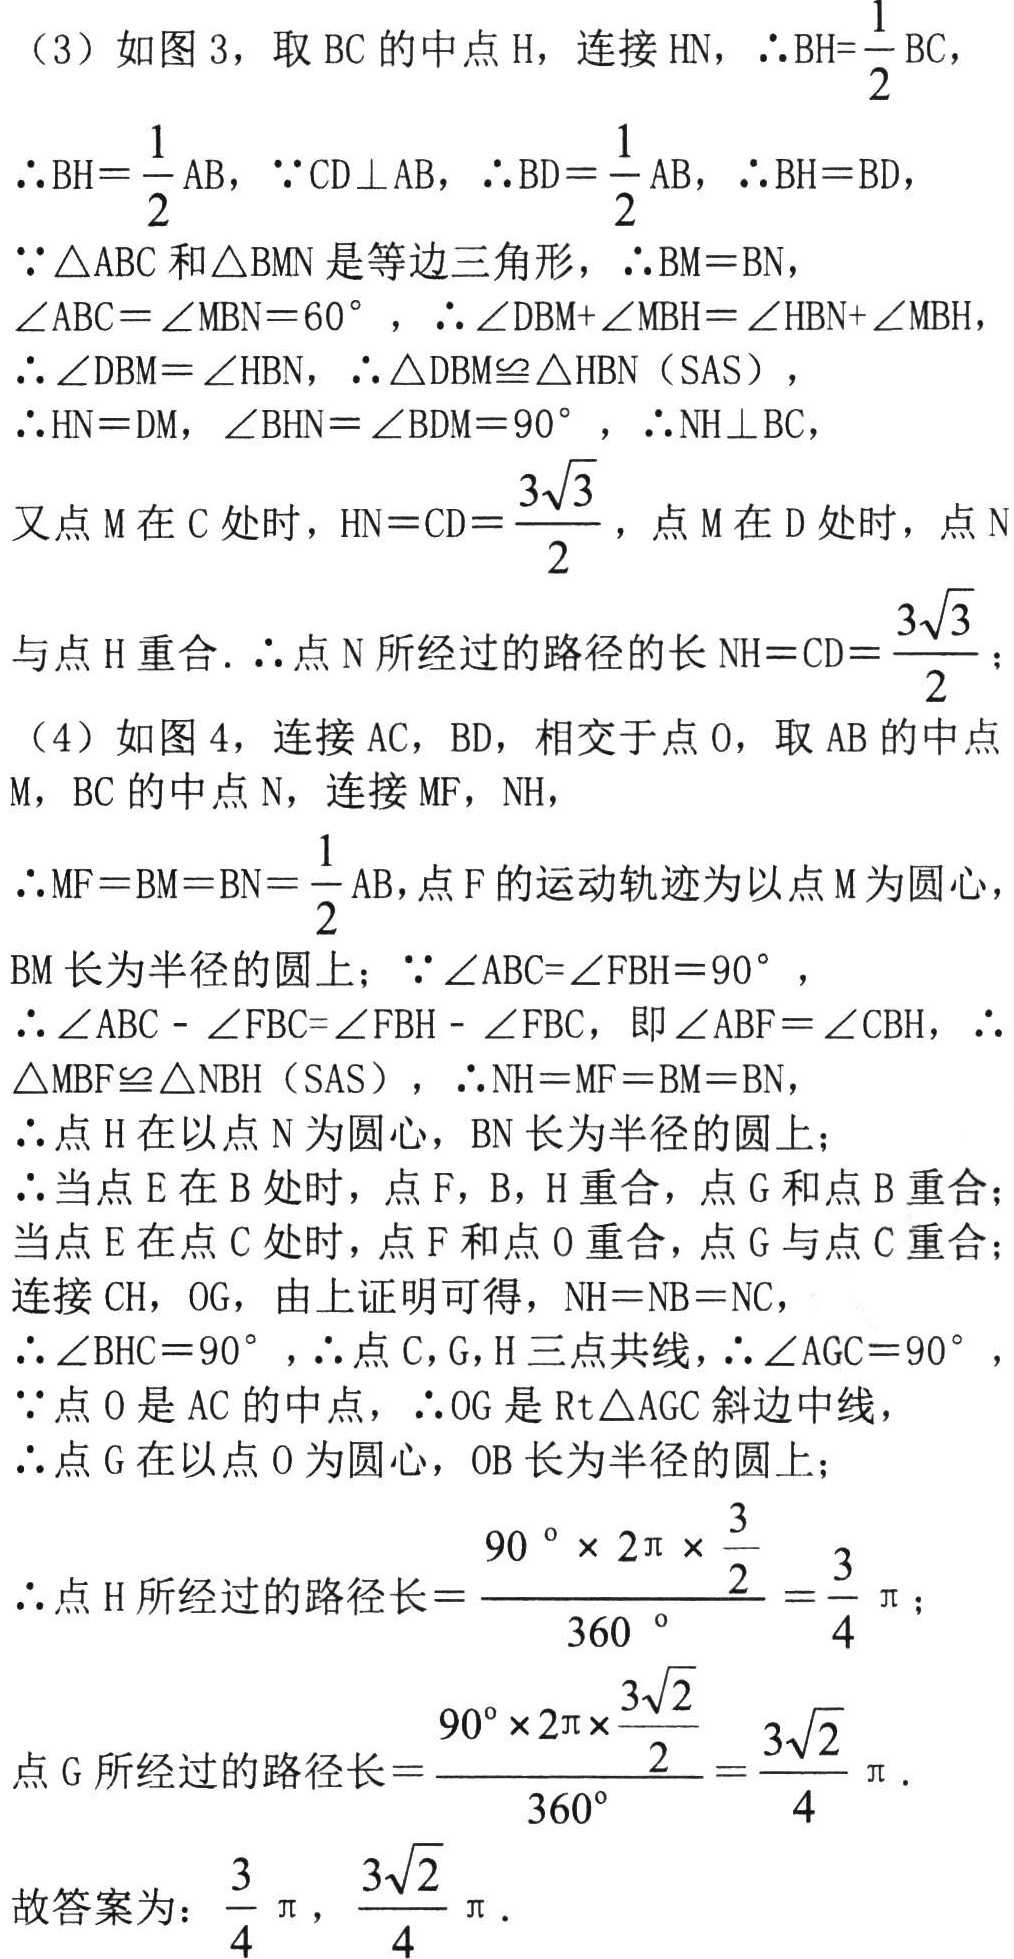
（3）如图 3，取 \(BC\) 的中点 \(H\)，连接 \(HN\)，\(\therefore BH = \frac{1}{2}BC\)，

\(\therefore BH=\frac{1}{2}AB\)，\(\because CD\perp AB\)，\(\therefore BD = \frac{1}{2}AB\)，\(\therefore BH = BD\)，

\(\because\triangle ABC\) 和 \(\triangle BMN\) 是等边三角形，\(\therefore BM = BN\)，

\(\angle ABC=\angle MBN = 60^{\circ}\)，\(\therefore\angle DBM+\angle MBH=\angle HBN+\angle MBH\)，

\(\therefore\angle DBM=\angle HBN\)，\(\therefore\triangle DBM\cong\triangle HBN\)（SAS），

\(\therefore HN = DM\)，\(\angle BHN=\angle BDM = 90^{\circ}\)，\(\therefore NH\perp BC\)，

又点 \(M\) 在 \(C\) 处时，\(HN = CD=\frac{3\sqrt{3}}{2}\)，点 \(M\) 在 \(D\) 处时，点 \(N\)

与点 \(H\) 重合. \(\therefore\)点 \(N\) 所经过的路径的长 \(NH = CD=\frac{3\sqrt{3}}{2}\)；

（4）如图 4，连接 \(AC\)，\(BD\)，相交于点 \(O\)，取 \(AB\) 的中点 \(M\)，\(BC\) 的中点 \(N\)，连接 \(MF\)，\(NH\)，

\(\therefore MF = BM = BN=\frac{1}{2}AB\)，点 \(F\) 的运动轨迹为以点 \(M\) 为圆心，

\(BM\) 长为半径的圆上；\(\because\angle ABC=\angle FBH = 90^{\circ}\)，

\(\therefore\angle ABC-\angle FBC=\angle FBH-\angle FBC\)，即 \(\angle ABF=\angle CBH\)，\(\therefore\)

\(\triangle MBF\cong\triangle NBH\)（SAS），\(\therefore NH = MF = BM = BN\)，

\(\therefore\)点 \(H\) 在以点 \(N\) 为圆心，\(BN\) 长为半径的圆上；

\(\therefore\)当点 \(E\) 在 \(B\) 处时，点 \(F\)，\(B\)，\(H\) 重合，点 \(G\) 和点 \(B\) 重合；

当点 \(E\) 在点 \(C\) 处时，点 \(F\) 和点 \(O\) 重合，点 \(G\) 与点 \(C\) 重合；

连接 \(CH\)，\(OG\)，由上证明可得，\(NH = NB = NC\)，

\(\therefore\angle BHC = 90^{\circ}\)，\(\therefore\)点 \(C\)，\(G\)，\(H\) 三点共线，\(\therefore\angle AGC = 90^{\circ}\)，

\(\because\)点 \(O\) 是 \(AC\) 的中点，\(\therefore OG\) 是 \(Rt\triangle AGC\) 斜边中线，

\(\therefore\)点 \(G\) 在以点 \(O\) 为圆心，\(OB\) 长为半径的圆上；

\(\therefore\)点 \(H\) 所经过的路径长\(=\frac{90^{\circ}\times2\pi\times\frac{3}{2}}{360^{\circ}}=\frac{3}{4}\pi\)；

点 \(G\) 所经过的路径长\(=\frac{90^{\circ}\times2\pi\times\frac{3\sqrt{2}}{2}}{360^{\circ}}=\frac{3\sqrt{2}}{4}\pi\).

故答案为：\(\frac{3}{4}\pi\)，\(\frac{3\sqrt{2}}{4}\pi\).